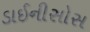
ડાઈનીસોસ